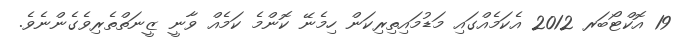
19 އޮކްޓޯބަރ 2012 އެކަމެއްގައި މަޑުމައިތިރިކަން ހިމެނޭ ކޮންމެ ކަމެއް ވާނީ ޒީނަތްތެރިވެގެންނެވެ.